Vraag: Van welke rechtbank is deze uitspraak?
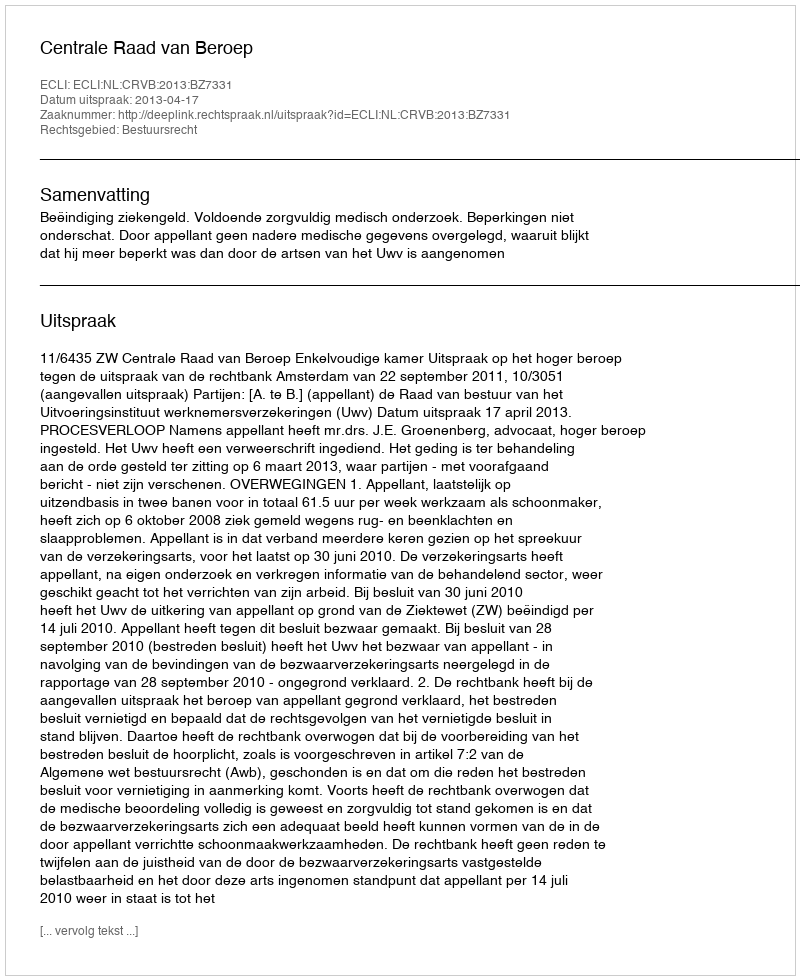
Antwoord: Centrale Raad van Beroep